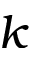
\boldsymbol { k }